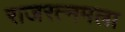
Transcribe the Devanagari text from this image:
राजरत्नमला